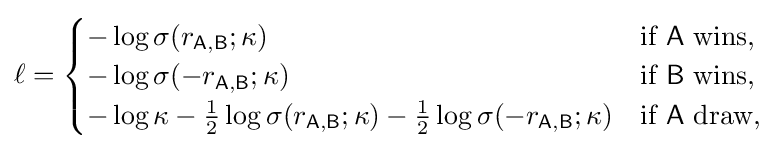
\ell ={\begin{cases}-\log \sigma (r_{\mathsf {A,B}};\kappa )&{\textrm {if}}~{\mathsf {A}}~{\textrm {wins}},\\-\log \sigma (-r_{\mathsf {A,B}};\kappa )&{\textrm {if}}~{\mathsf {B}}~{\textrm {wins}},\\-\log \kappa -{\frac {1}{2}}\log \sigma (r_{\mathsf {A,B}};\kappa )-{\frac {1}{2}}\log \sigma (-r_{\mathsf {A,B}};\kappa )&{\textrm {if}}~{\mathsf {A}}~{\textrm {draw}},\end{cases}}